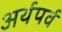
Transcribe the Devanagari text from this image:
अर्थपर्व